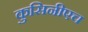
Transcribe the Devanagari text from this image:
कुसिनीएच